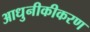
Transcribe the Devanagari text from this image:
आधुनीकीकरण